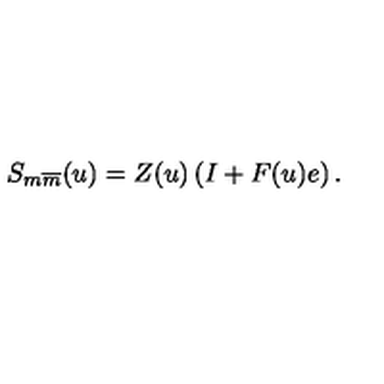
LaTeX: S _ { m \overline { { m } } } ( u ) = Z ( u ) \left( I + F ( u ) e \right) .